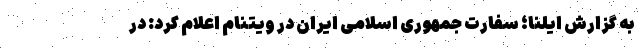
به گزارش ایلنا؛ سفارت جمهوری اسلامی ایران در ویتنام اعلام کرد: در